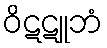
ဝိဋဋူဘံ